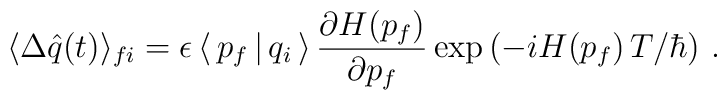
\langle \Delta \hat{q} (t) \rangle_{fi} = \epsilon \, \langle \, p_f \, | \, q_i \, \rangle \,\frac{ \partial  H ( p_f ) }{ \partial p_f }\exp \left ( -  i H ( p_f ) \, T / \hbar \right )\, .